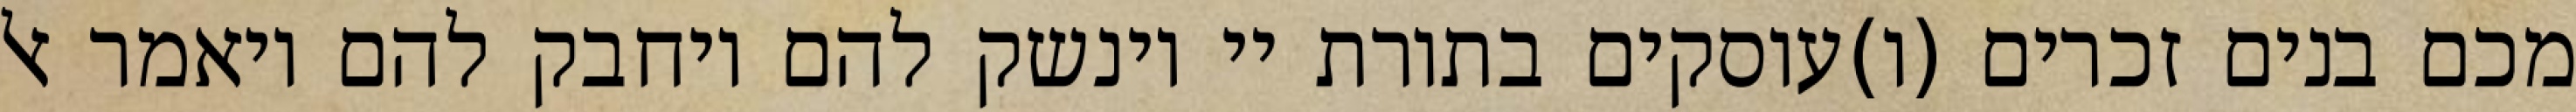
מכם בנים זכרים (ו)עוסקים בתורת יי וינשק להם ויחבק להם ויאמר אל